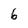
Character: 6